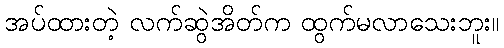
အပ်ထားတဲ့ လက်ဆွဲအိတ်က ထွက်မလာသေးဘူး။